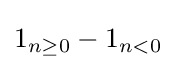
1_{n\geq 0}-1_{n<0}